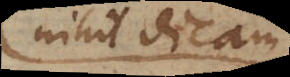
nihil dicam;